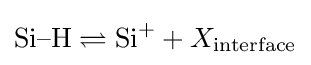
{\text{Si–H}}\rightleftharpoons {\text{Si}}^{+}+X_{\text{interface}}